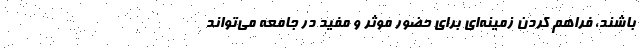
باشند، فراهم کردن زمینه‌ای برای حضور موثر و مفید در جامعه می‌تواند